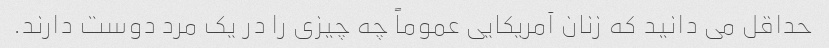
حداقل می دانید که زنان آمریکایی عموماً چه چیزی را در یک مرد دوست دارند.